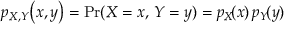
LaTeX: p _ { X , Y } \! \left( x , y \right) = \operatorname* { P r } ( X = x , \, Y = y ) = p _ { X } \! ( x ) \, p _ { Y } \! ( y )